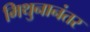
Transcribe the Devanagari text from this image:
मिथुनानंतर